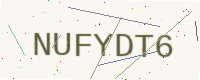
Text: NUFYDT6